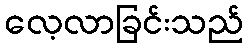
လေ့လာခြင်းသည်